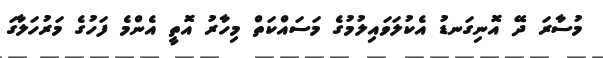
މުސާރަ ދޭ އޮނިގަނޑު އެކުލަވައިލުމުގެ މަސައްކަތް މިހާރު އޮތީ އެންމެ ފަހުގެ މަރުހަލާގަ